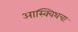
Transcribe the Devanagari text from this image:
आस्क्विथचा